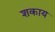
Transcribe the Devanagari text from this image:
शकाय